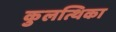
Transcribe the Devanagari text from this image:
कुलत्थिका